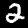
Digit: 2